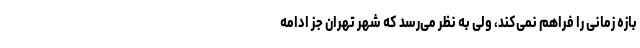
بازه زمانی را فراهم نمی‌کند، ولی به نظر می‌رسد که شهر تهران جز ادامه